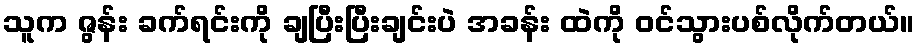
သူက ဇွန်း ခက်ရင်းကို ချပြီးပြီးချင်းပဲ အခန်း ထဲကို ဝင်သွားပစ်လိုက်တယ်။